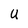
Character: U